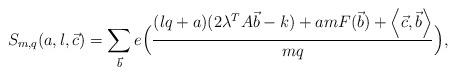
LaTeX: \begin{align*}S_{m,q}(a,l,\vec{c})=\sum_{\vec{b}} e \Big(\frac{(lq+a)(2\lambda^TA\vec{b}-k) + amF(\vec{b}) + \left< \vec{c},\vec{b} \right>} {mq}\Big),\end{align*}